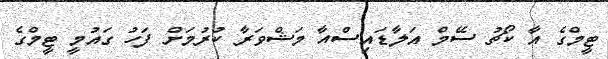
ޓީމްގެ އާ ކޯޗު ސޭމް އަލާޑައިސްއާ މަޝްވަރާ ކުރުމަށް ފަހު ގައުމީ ޓީމްގެ